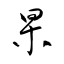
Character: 杲